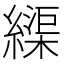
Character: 𦄽